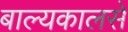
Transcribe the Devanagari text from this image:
बाल्यकालसे